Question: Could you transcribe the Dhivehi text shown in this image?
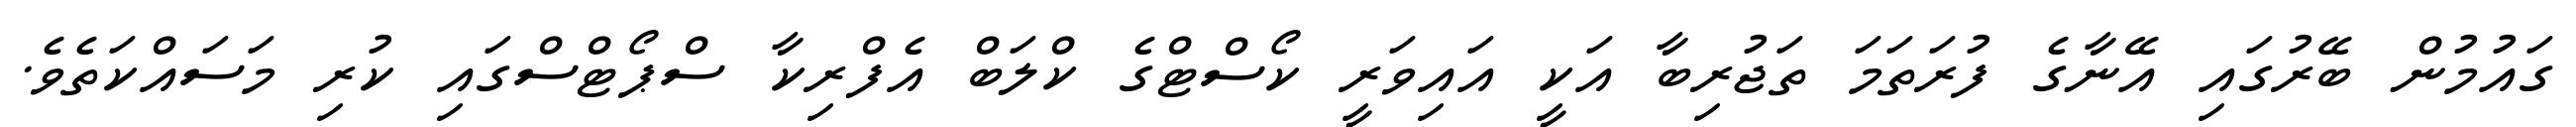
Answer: ގައުމުން ބޭރުގައި އޭނާގެ ފުރަތަމަ ތަޖުރިބާ އަކީ އައިވަރީ ކޯސްޓްގެ ކްލަބް އެފްރިކާ ސްޕޯޓްސްގައި ކުރި މަސައްކަތެވެ.